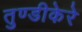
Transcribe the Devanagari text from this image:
तुण्डीकेरे